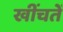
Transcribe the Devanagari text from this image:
खींचतें